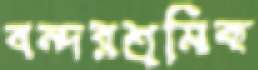
বন্দরশ্রমিক